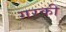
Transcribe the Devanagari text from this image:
गरकी